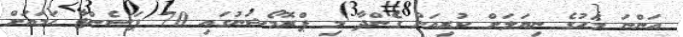
އަންނަ މަހުގެ ނިޔަލަށް ކުރިއަށް ގެންދާ މި ޕްރޮމޯޝަނުގައި 70 ޕަސެންޓާ ހަމައަށް